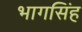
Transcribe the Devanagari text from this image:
भागसिंह